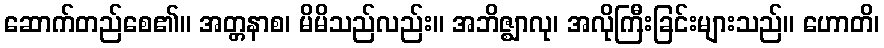
ဆောက်တည်စေ၏။ အတ္တနာစ၊ မိမိသည်လည်း။ အဘိဇ္ဈာလု၊ အလိုကြီးခြင်းများသည်။ ဟောတိ၊